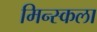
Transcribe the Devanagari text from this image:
मिन्स्कला